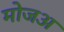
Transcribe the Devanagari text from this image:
मोजअ